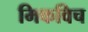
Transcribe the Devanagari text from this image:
मिकविच